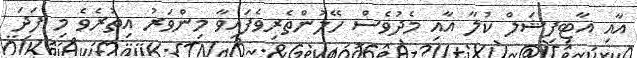
އާއި އާޓިފިޝަލް ކުލާ އާއި މެދުވެސް ހޭލުންތެރިވެފައިވާ މިންވަރު އިތުރެވެ މި ފަދަ